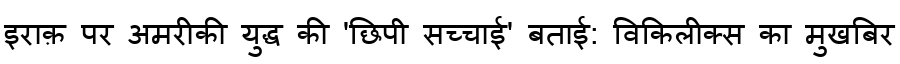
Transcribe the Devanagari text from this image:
इराक़ पर अमरीकी युद्ध की 'छिपी सच्चाई' बताई: विकिलीक्स का मुखबिर